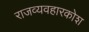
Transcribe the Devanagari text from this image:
राजव्यवहारकोश